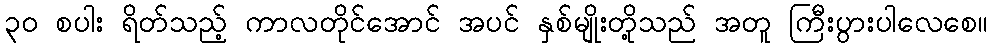
၃၀ စပါး ရိတ်သည့် ကာလတိုင်အောင် အပင် နှစ်မျိုးတို့သည် အတူ ကြီးပွားပါလေစေ။